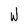
Character: W